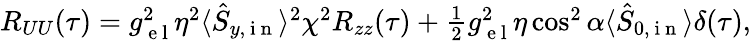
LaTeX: \begin{array}{r}{R_{UU}(\tau)=g_{\mathrm{~e~l~}}^{2}\eta^{2}\langle\hat{S}_{y,\mathrm{~i~n~}}\rangle^{2}\chi^{2}R_{zz}(\tau)+\frac{1}{2}g_{\mathrm{~e~l~}}^{2}\eta\cos^{2}\alpha\langle\hat{S}_{0,\mathrm{~i~n~}}\rangle\delta(\tau),}\end{array}